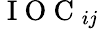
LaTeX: \mathrm{~I~O~C~}_{ij}